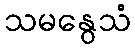
သမနွေသံ